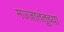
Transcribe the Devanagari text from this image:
मज्जातंतूच्या